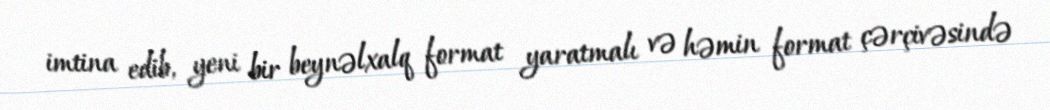
imtina edib, yeni bir beynəlxalq format yaratmalı və həmin format çərçivəsində